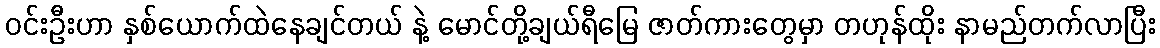
ဝင်းဦးဟာ နှစ်ယောက်ထဲနေချင်တယ် နဲ့ မောင်တို့ချယ်ရီမြေ ဇာတ်ကားတွေမှာ တဟုန်ထိုး နာမည်တက်လာပြီး